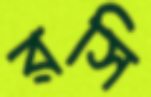
রসি